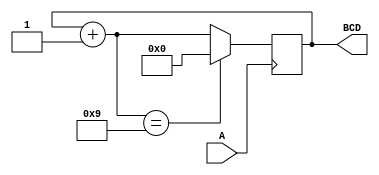
module contador (input A, 
                 output reg [3:0] BCD);
 
 always @(posedge A)
 begin 
 BCD = BCD+1'b1;
 if (BCD == 4'd9)
    begin
	 BCD = 4'd0;
	 end
 end 
 
 
 endmodule